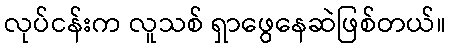
လုပ်ငန်းက လူသစ် ရှာဖွေနေဆဲဖြစ်တယ်။